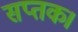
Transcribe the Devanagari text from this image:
सप्तक।